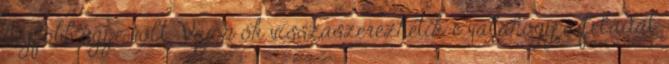
legfőbb ügye volt. Vajon ők visszaszerezhetik-e valahogy a feladat,